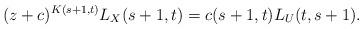
LaTeX: \begin{align*}(z+c)^{K(s+1,t)}L_X(s+1,t)=c(s+1,t)L_U(t,s+1).\end{align*}